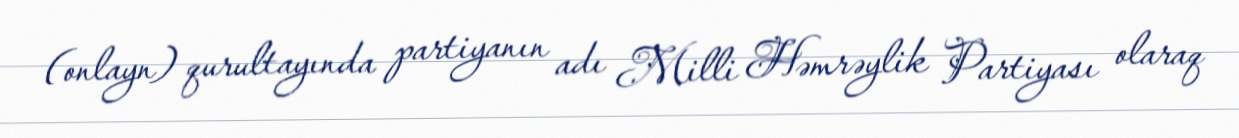
(onlayn) qurultayında partiyanın adı Milli Həmrəylik Partiyası olaraq